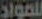
للمواد